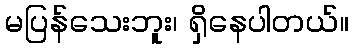
မပြန်သေးဘူး၊ ရှိနေပါတယ်။